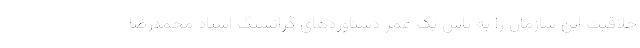
خلاقیت این سازمان را به پاس یک عمر دستاوردهای گرانسنگ استاد محمدرضا